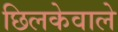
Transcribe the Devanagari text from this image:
छिलकेवाले